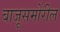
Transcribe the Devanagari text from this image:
बाजूसमोरील